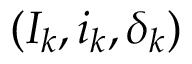
( I _ { k } , i _ { k } , \delta _ { k } )